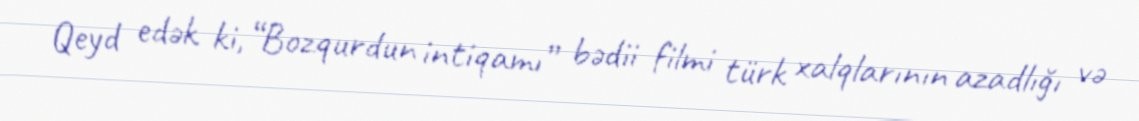
Qeyd edək ki, “Bozqurdun intiqamı” bədii filmi türk xalqlarının azadlığı və